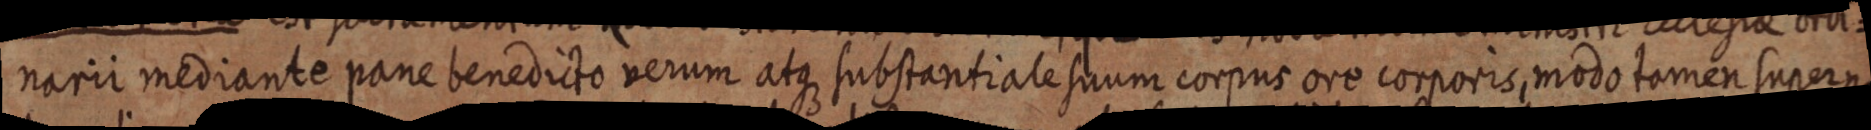
narii mediante pane benedicto verum atque substantiale suum corpus ore corporis, modo tamen supern